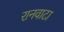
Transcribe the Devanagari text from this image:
रानवाटा